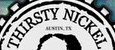
THIRSTY NICKEL